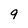
Character: 9